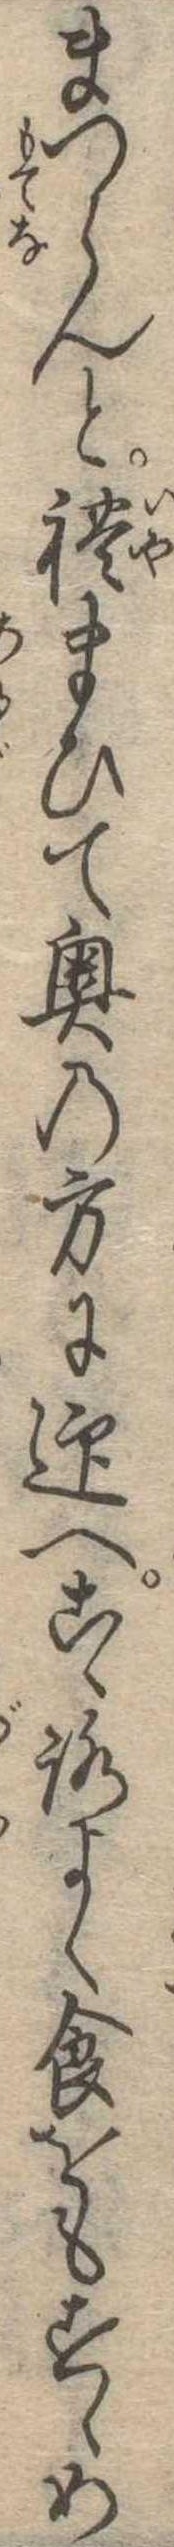
まつらんと礼まひて奥の方に迎へこゝろよく食をもすゝめ